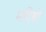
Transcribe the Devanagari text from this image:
महिषो